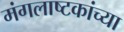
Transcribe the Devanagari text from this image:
मंगलाष्टकांच्या